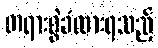
တရားစွဲခံထားရသည့်